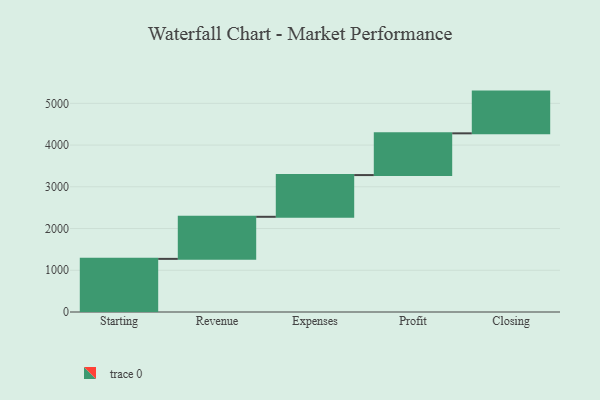
{"axis": {"x": "Step", "y": "Value"}, "legend": [""], "data": [{"x": "Starting", "y": 1273.0, "type": ""}, {"x": "Revenue", "y": 1008.0, "type": ""}, {"x": "Expenses", "y": 1000, "type": ""}, {"x": "Profit", "y": 1000, "type": ""}, {"x": "Closing", "y": 1000, "type": ""}]}